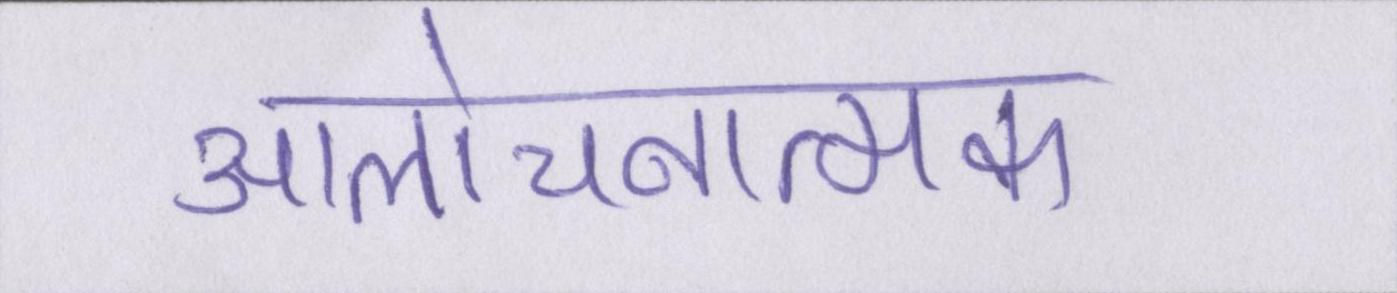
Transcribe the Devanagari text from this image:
आलोचनात्मक